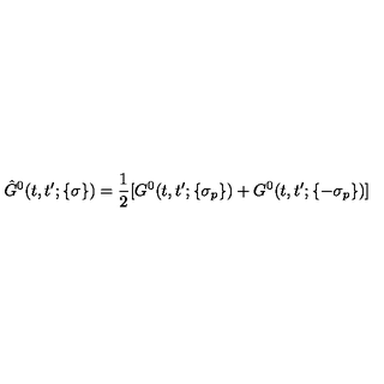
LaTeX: \hat { G } ^ { 0 } ( t , t ^ { \prime } ; \{ \sigma \} ) = \frac { 1 } { 2 } [ G ^ { 0 } ( t , t ^ { \prime } ; \{ \sigma _ { p } \} ) + G ^ { 0 } ( t , t ^ { \prime } ; \{ - \sigma _ { p } \} ) ]